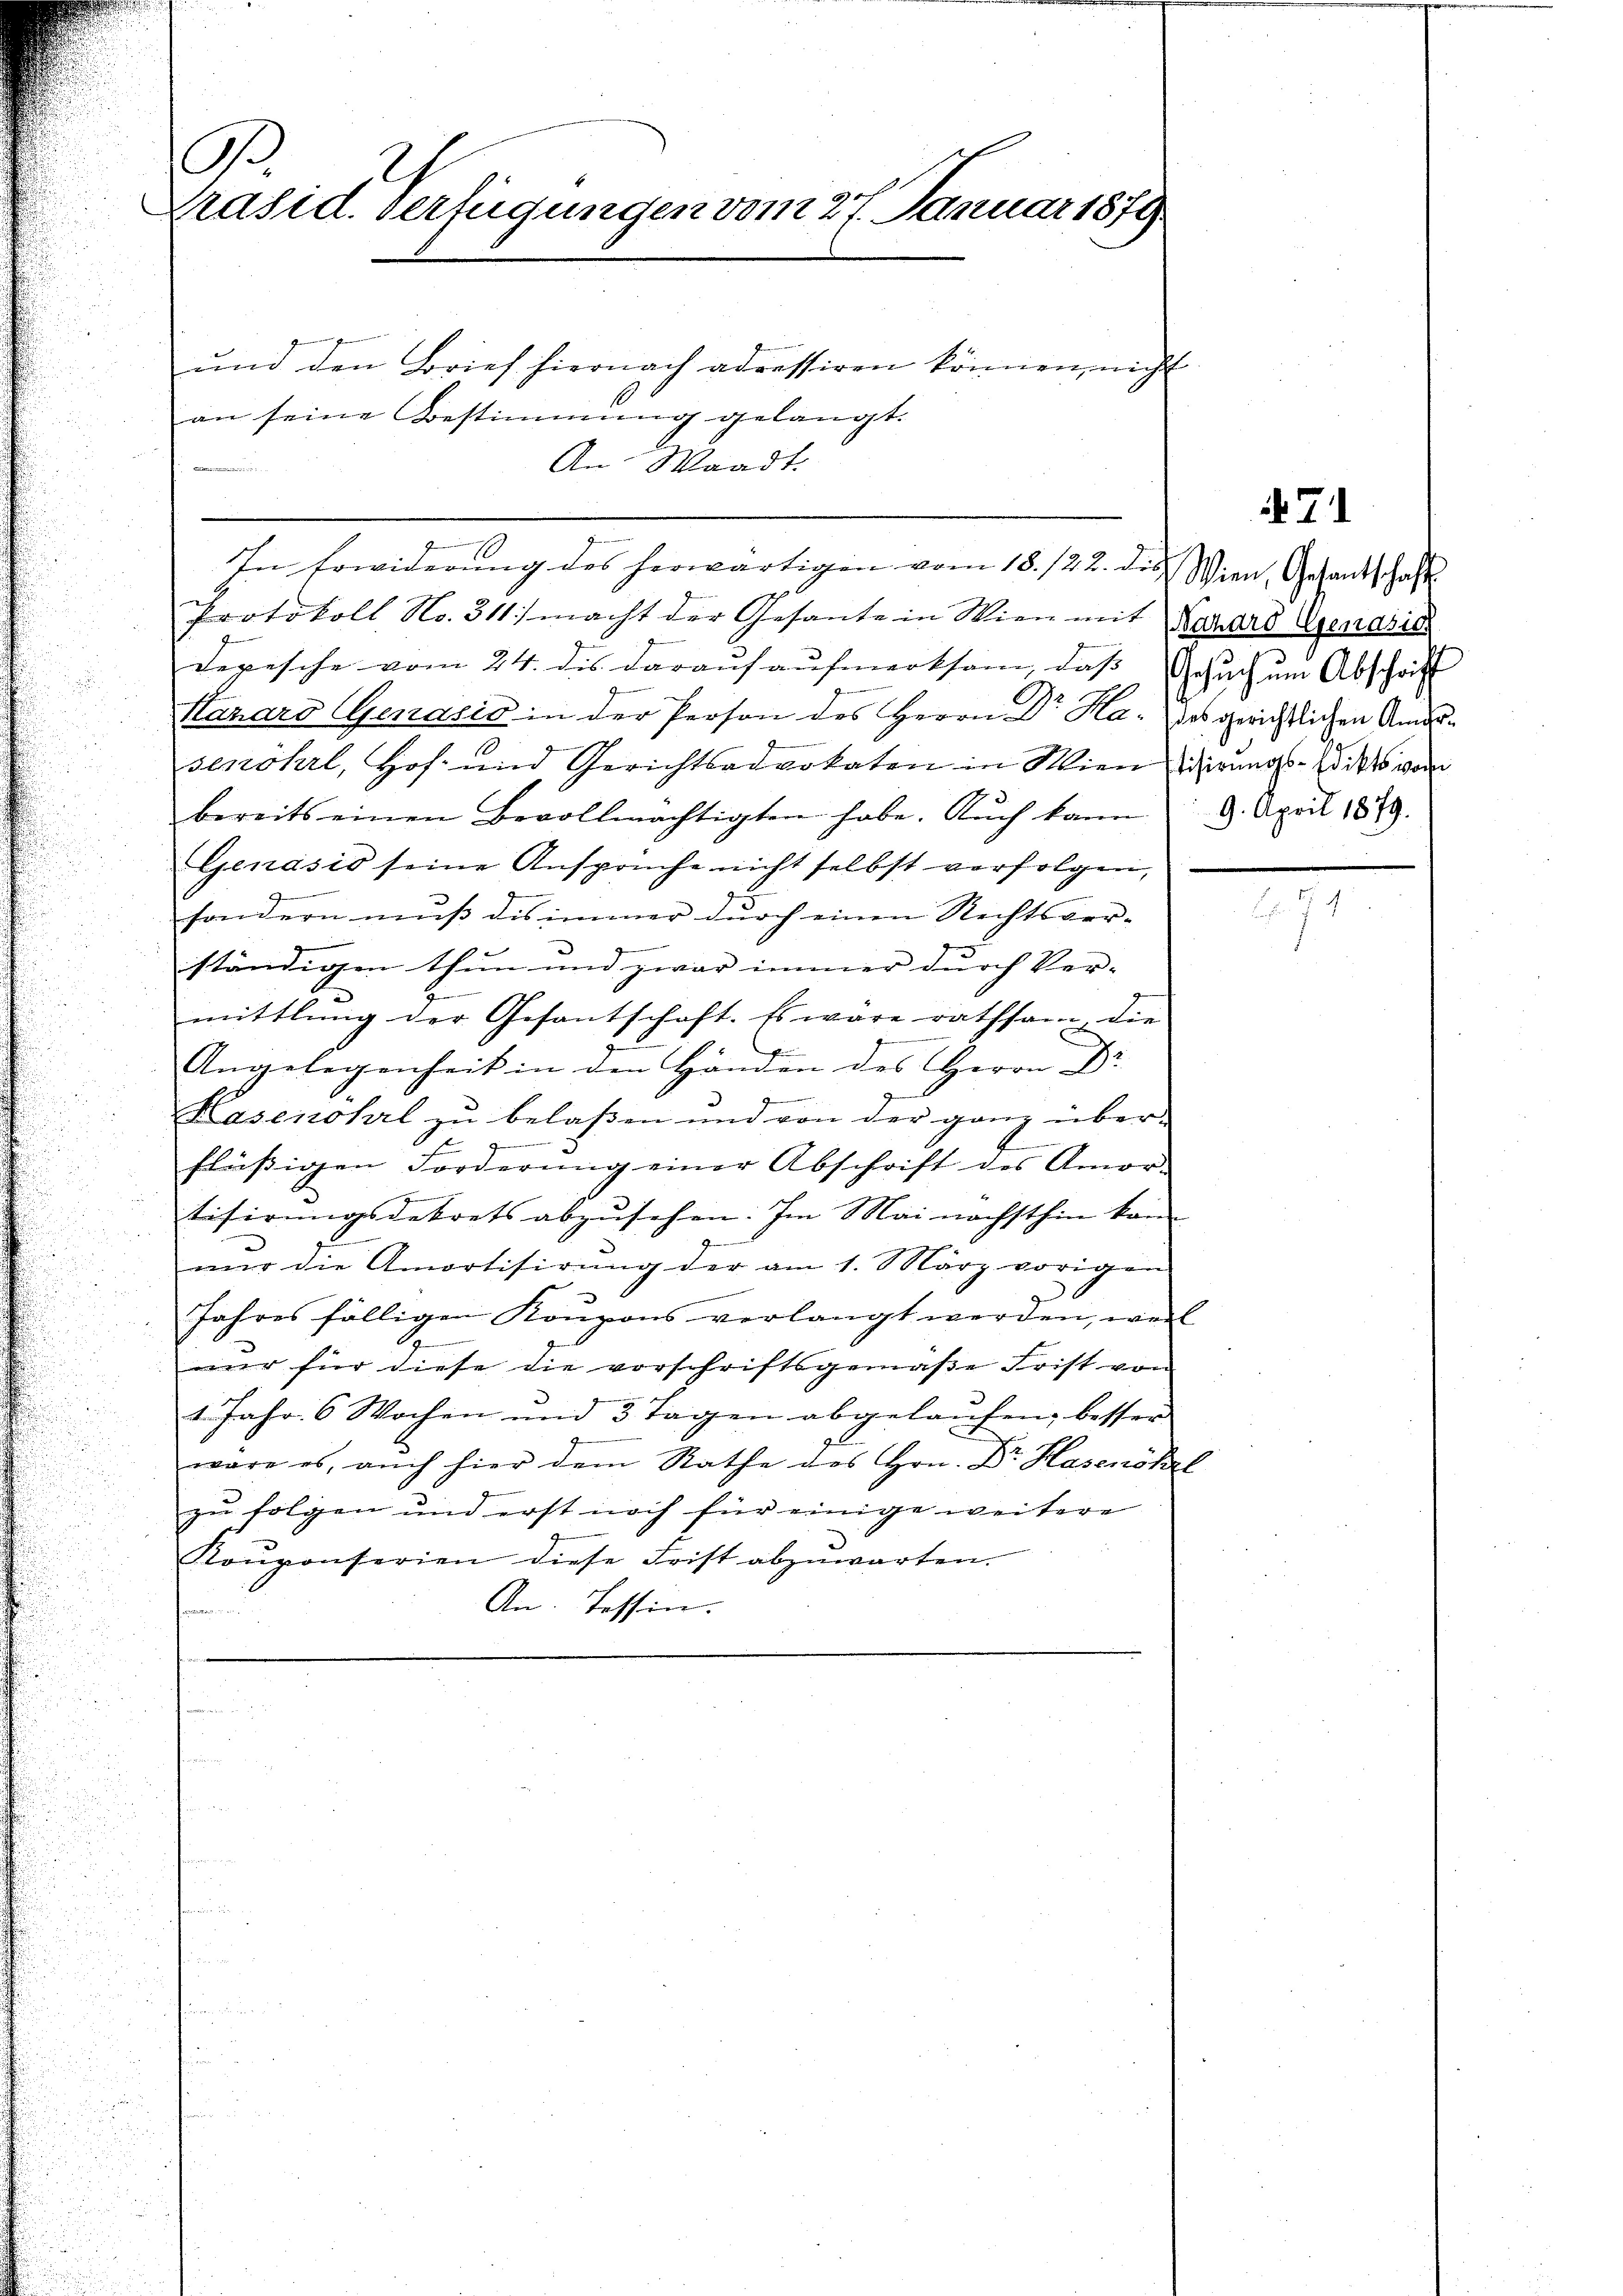
A
Präsid. Verfügungen vom 27. Januar 1879

und den Brief hiernach adressiren können, nicht
t
Protokoll No. 311) macht der Gesante in Wien mit Nazard Gendsic
Depesche vom 24. dis darauf aufmerksam, daß Gesuch um Abschrift
l
Hanaro Genasis in der Person des Herrn L. Ka: des gerichtlichen Amtssenöhrl, Hof- und Gerichtsadvokaten in Wien gierungs-Wirt wor
bereits einen Bevollmächtigten habe. Aŭch kann 9. April 1879.
Genasis seine Ansprüche nicht selbst verfolgen,
u
sondern muß des immer durch einen Rechtsver-
e
ständigen thun und zwar immer durch Ver-
mittlung der Gesantschaft. Es wäre rathsam, die
Angelegenheit in den Händen des Herrn Dr
.
Kasinohrl zu belaßen und von der ganz über¬
.
s
flüssigen Forderŭng einer Abschrift des Amor-
.
tisirungsdekrets abzŭsehen. Im Mai nächsthin kom
1
z
mir die Amortisirŭng der am 1. März vorigen
Jahres fälligen Koupons verlangt werden, weil
t
mier für diese die vorschriftsgemäße Frist von
1. Jahr 6 Wochen und 3 Tagen abgelaŭfen, besser
wäre es, auch hier dem Rathe des Hrn. Dr. Hasenökel
zu folgen und erst noch für einige weitere
Kouponserien diese Frist abzuwarten.
An. Tessin.
formann u.

an seine Bestimmung gelangt.

An Waadt.

In Erwiderung des herwärtigen vom 18. 122. des Wien, Gesandtschaft

71